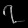
Digit: ၇